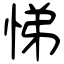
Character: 悌